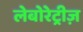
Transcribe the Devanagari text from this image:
लेबोरेट्रीज़